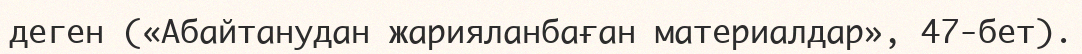
деген («Абайтанудан жарияланбаған материалдар», 47-бет).